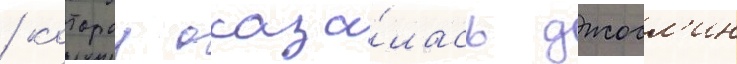
/ которои оказа́лась джосл'ин